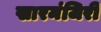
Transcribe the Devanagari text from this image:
खारमंजिरी